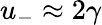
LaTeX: u_{-}\approx 2\gamma